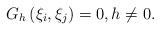
LaTeX: \begin{align*}G_{h}\left( \xi _{i},\xi _{j}\right) =0,h\neq 0.\end{align*}